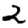
Digit: 2